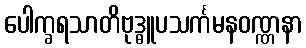
ပေါက္ခရသာတိဗုဒ္ဓူပသင်္ကမနဝဏ္ဏနာ